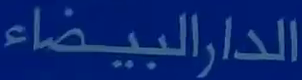
الدارالبيضاء